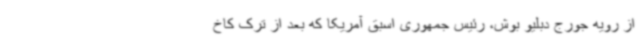
از رویه جورج دبلیو بوش، رئیس جمهوری اسبق آمریکا که بعد از ترک کاخ